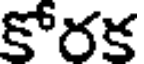
కోరక